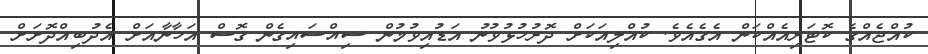
ކުއްޖެއްގެ ކޮޓަރިިއެއްކަން އެގެއެވެ. ކުއްލިއަކަށް ދޮރުހުޅުވުނު އަޑުއިވުމުން ސިއްސައިގެން ގޮސް އަހާނާއަށް އެދުބިއްދޮށަށް